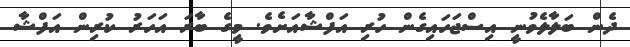
ދެން ބަލާލެވުނީ އިސްޖަހައިގެން ހުރި އަފްޝާއަށެވެ. މީގެ ބާރަ އަހަރު ކުރިން އަފްޝާ